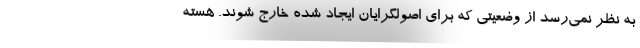
به نظر نمی‌رسد از وضعیتی که برای اصولگرایان ایجاد شده خارج شوند. هسته